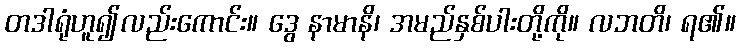
တဒါရုံဟူ၍လည်းကောင်း။ ဒွေ နာမာနိ၊ အမည်နှစ်ပါးတို့ကို။ လဘတိ၊ ရ၏။